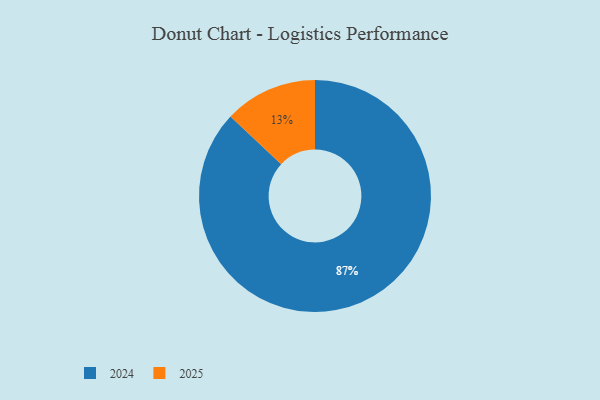
{"axis": {"x": "Category", "y": "Percentage"}, "legend": ["2024", "2025"], "data": [{"x": "2025", "y": 13, "type": "2025"}, {"x": "2024", "y": 87, "type": "2024"}]}